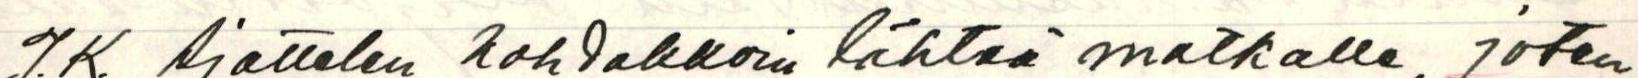
J.K. Ajattelen kohdakkoin lähteä matkalle, joten